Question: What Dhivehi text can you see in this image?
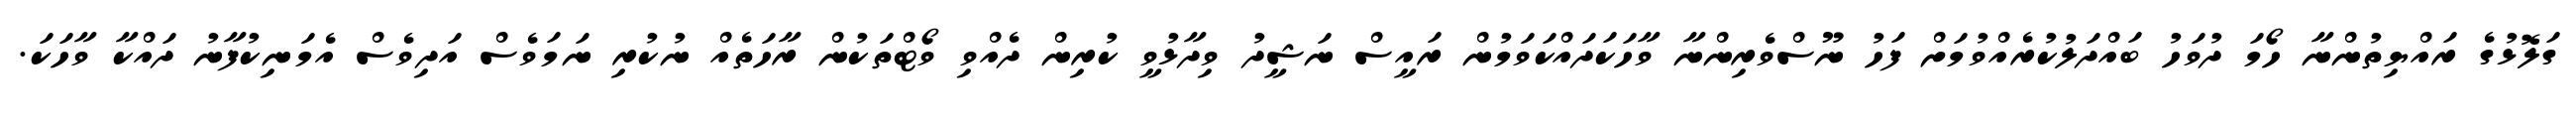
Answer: ގަލޮޅުގެ ރައްޔިތުންނާ ހޯމަ ދުވަހު ބައްދަލުކުރެއްވުމަށް ފަހު ނޫސްވެރިންނާ ވާހަކަދައްކަވަމުން ރައީސް ނަޝީދު ވިދާޅުވީ ކުރިން ދެއްވި ވޯޓްތަކުން ރާހަތެއް ނުކުރި ނަމަވެސް އަދިވެސް އެމަނިކުފާނު ދައްކާ ވާހަކަ.